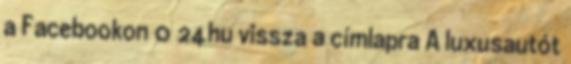
a Facebookon 0 24hu vissza a címlapra A luxusautót